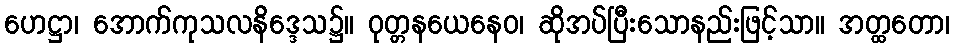
ဟေဋ္ဌာ၊ အောက်ကုသလနိဒ္ဒေသ၌။ ဝုတ္တနယေနေဝ၊ ဆိုအပ်ပြီးသောနည်းဖြင့်သာ။ အတ္ထတော၊